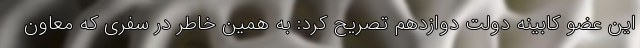
این عضو کابینه دولت دوازدهم تصریح کرد: به همین خاطر در سفری که معاون